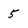
Character: 5